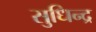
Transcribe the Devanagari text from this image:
सुधिन्द्र